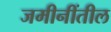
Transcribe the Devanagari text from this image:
जमीनींतील